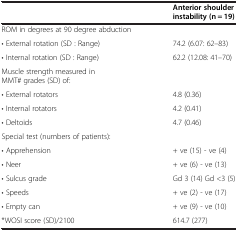
|  | Anterior shoulder instability (n = 19) |
 | --- | --- |
 | ROM in degrees at 90 degree abduction |  |
 | • External rotation (SD : Range) | 74.2 (6.07: 62–83) |
 | • Internal rotation (SD : Range) | 62.2 (12.08: 41–70) |
 | Muscle strength measured in MMT# grades (SD) of: |  |
 | • External rotators | 4.8 (0.36) |
 | • Internal rotators | 4.2 (0.41) |
 | • Deltoids | 4.7 (0.46) |
 | Special test (numbers of patients): |  |
 | • Apprehension | + ve (15) - ve (4) |
 | • Neer | + ve (6) - ve (13) |
 | • Sulcus grade | Gd 3 (14) Gd <3 (5) |
 | • Speeds | + ve (2) - ve (17) |
 | • Empty can | + ve (9) - ve (10) |
 | *WOSI score (SD)/2100 | 614.7 (277) |